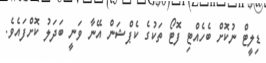
ޑިލީޓް ނުކޮށް ބެހެއްޓި ފޮޓޯ ތަކުގެ ކެޕްޝަން އޭނާ ވަނީ ބަދަލު ކޮށްފައެވެ.